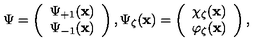
\mathrm { \boldmath \Psi \unboldmath } = \left( \begin{array} { c } { \Psi _ { + 1 } ( { \bf x } ) } \\ { \Psi _ { - 1 } ( { \bf x } ) } \\ \end{array} \right) , \Psi _ { \zeta } ( { \bf x } ) = \left( \begin{array} { c } { \chi _ { \zeta } ( { \bf x } ) } \\ { \varphi _ { \zeta } ( { \bf x } ) } \\ \end{array} \right) ,